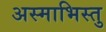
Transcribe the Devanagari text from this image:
अस्माभिस्तु